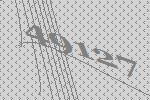
49127